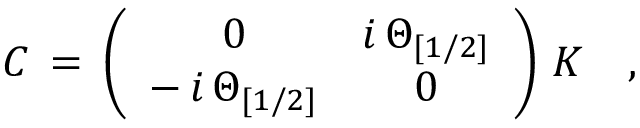
{ \cal C } \, = \, \left( \begin{array} { c c } { { 0 } } & { { i \, \Theta _ { [ 1 / 2 ] } } } \\ { { - \, i \, \Theta _ { [ 1 / 2 ] } } } & { { 0 } } \end{array} \right) \, { \cal K } \quad ,